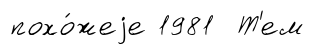
похо́жеjе 1981 Т'ем